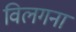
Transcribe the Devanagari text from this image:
विलगना